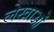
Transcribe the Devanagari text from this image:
लेखाओं